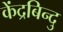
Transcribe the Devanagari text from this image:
केंद्रबिन्दु